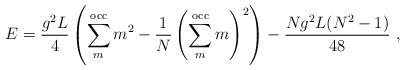
LaTeX: \begin{align*}E = \frac{g^2 L}{4} \left( \sum_m^{{\rm occ}}m^2 - \frac{1}{N}\left( \sum_m^{{\rm occ}}m \right)^2 \right) - \frac{Ng^2L(N^2-1)}{48} \ ,\end{align*}